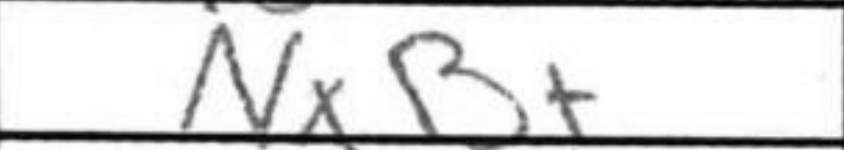
Transcription: NxB+